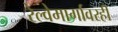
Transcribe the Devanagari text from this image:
रेल्वेमार्गावरही